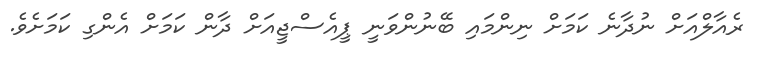
ރެއާލްއަށް ނުދާނެ ކަމަށް ނިންމައި ބޭނުންވަނީ ޕީއެސްޖީއަށް ދާން ކަމަށް އެންގި ކަމަށެވެ.